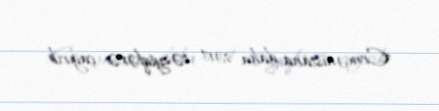
Ermənistana daha sərt təzyiqlərə çağırıb.